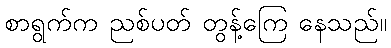
စာရွက်က ညစ်ပတ် တွန့်ကြေ နေသည်။